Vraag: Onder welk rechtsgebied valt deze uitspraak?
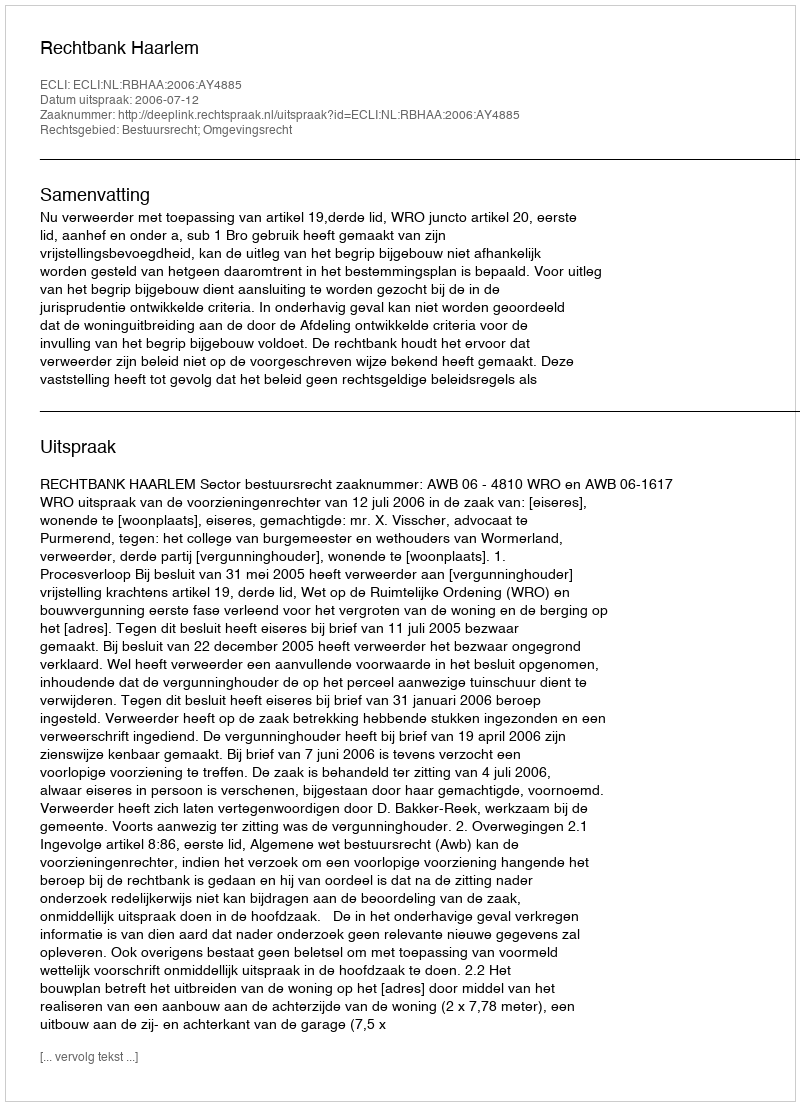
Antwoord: Bestuursrecht; Omgevingsrecht